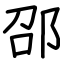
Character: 邵